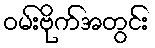
ဝမ်းဗိုက်အတွင်း